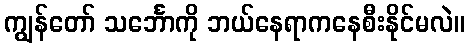
ကျွန်တော် သင်္ဘောကို ဘယ်နေရာကနေစီးနိုင်မလဲ။